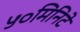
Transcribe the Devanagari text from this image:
५०मिनिटे